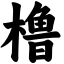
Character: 橹